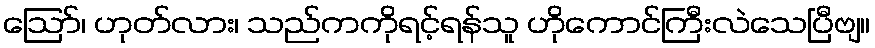
ဪ၊ ဟုတ်လား၊ သည်ကကိုရင့်ရန်သူ ဟိုကောင်ကြီးလဲသေပြီဗျ။